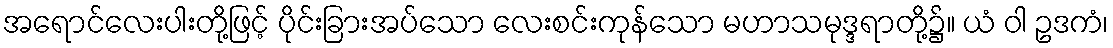
အရောင်လေးပါးတို့ဖြင့် ပိုင်းခြားအပ်သော လေးစင်းကုန်သော မဟာသမုဒ္ဒရာတို့၌။ ယံ ဝါ ဥဒကံ၊